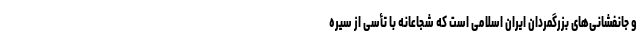
و جانفشانی‌های بزرگمردان ایران اسلامی است که شجاعانه با تأسی از سیره